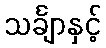
သင်္ချာနှင့်